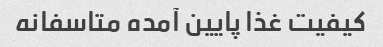
کیفیت غذا پایین آمده متاسفانه